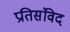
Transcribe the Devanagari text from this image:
प्रतिसंविद